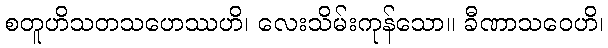
စတူဟိသတသဟေဿဟိ၊ လေးသိမ်းကုန်သော။ ခီဏာသဝေဟိ၊